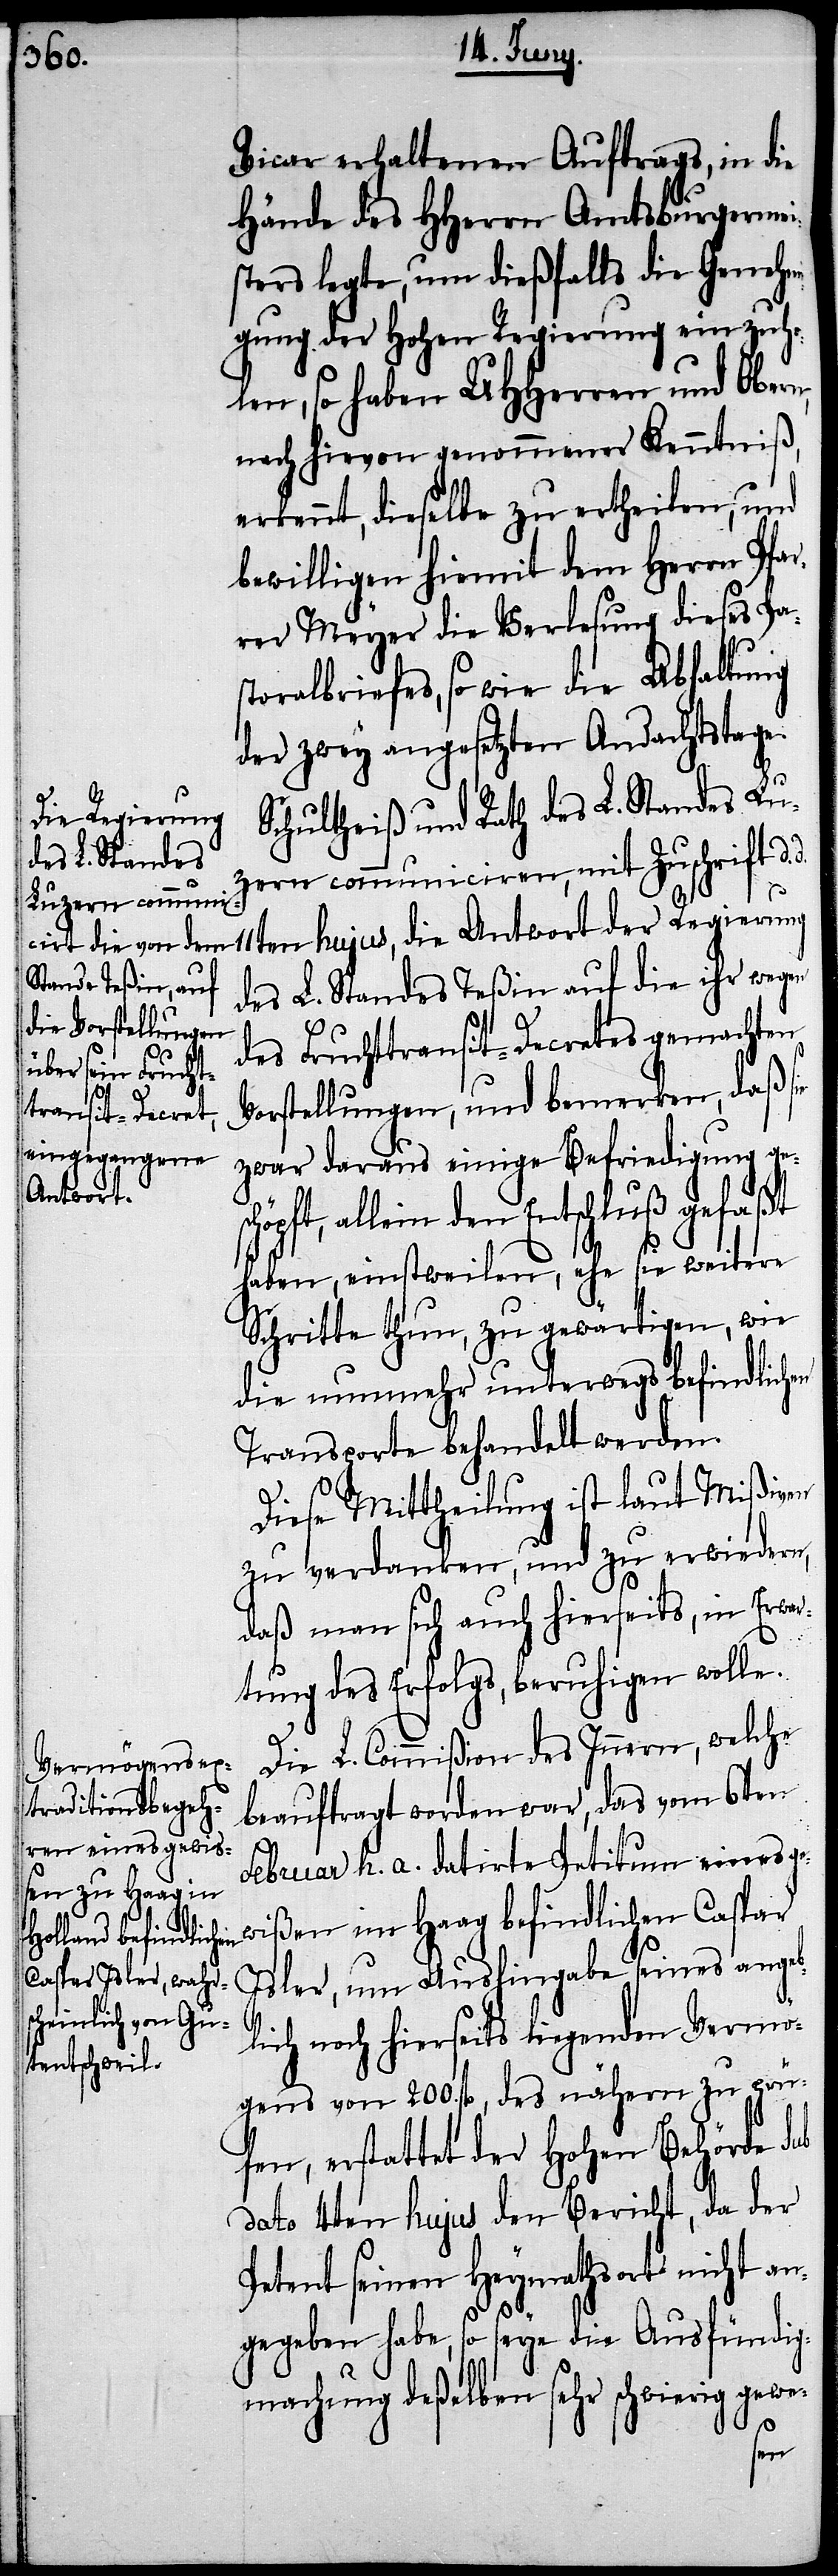
Vicar erhaltenen Auftrags, in die
Hände des HHerrn Amtsburgermei¬
sters legte, um dießfalls die Genehm¬
igung der Hohen Regierung einzuho¬
len, so haben UHHerren und Obern
nach hievon genommener Kenntniß,
erkennt, dieselbe zu ertheilen, und
bewilligen hiemit dem Herrn Pfa¬
rer Meyer die Verlesung dieses Pas¬
toralbriefes, so wie die Abhaltung
der zwey angesetzten Andachtstage.
d.
Schultheiß und Rath des L. Standes Lu¬
zern communiciren, mit Zuschrift d.
11ten hujus, die Antwort der Regierung
des L. Standes Teßin auf die ihr wegen
des Fruchttransit-Decretes gemachten
Vorstellungen, und bemerken, daß sie
zwar daraus einige Befriedigung ge¬
öpft, allein den Entschluß gefaßt
haben, einstweilen, ehe sie weitere
Schritte thun, zu gewärtigen, wie
die nunmehr unterwegs befindlichen
Transporte behandelt werden.
Diese Mittheilung ist laut Mißiven
zu verdanken, und zu erwiedern,
daß man sich auch hierseits, in Erwar¬
tung des Erfolgs, beruhigen wolle.
b¬
Die L. Commißion des Innern, welche
beauftragt worden war, das vom 6ten
Februar h. a. datirte Petitum eines ge¬
wißen im Haag befindlichen Caspar
Isler, um Aushingabe seines ange¬
lich noch hierseits liegenden Vermö¬
gens von 200. fl., des nähern zu prü¬
fen, erstattet der Hohen Behörde sub
dato 4ten hujus den Bericht, da der
Petent seinen Heymathsort nicht an¬
gegeben habe, so seye die Ausfündig¬
machug deßelben sehr schwierig gewe-